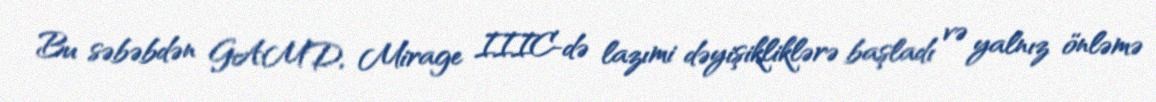
Bu səbəbdən GAMD, Mirage IIIC-də lazımi dəyişikliklərə başladı və yalnız önləmə